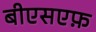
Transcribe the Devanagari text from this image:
बीएसएफ़